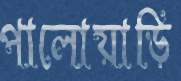
পালোয়াড়ি